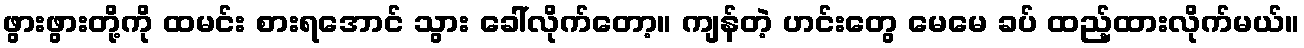
ဖွားဖွားတို့ကို ထမင်း စားရအောင် သွား ခေါ်လိုက်တော့။ ကျန်တဲ့ ဟင်းတွေ မေမေ ခပ် ထည့်ထားလိုက်မယ်။